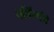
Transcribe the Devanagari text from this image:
वर्बिंस्की